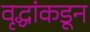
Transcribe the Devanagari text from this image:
वृद्धांकडून